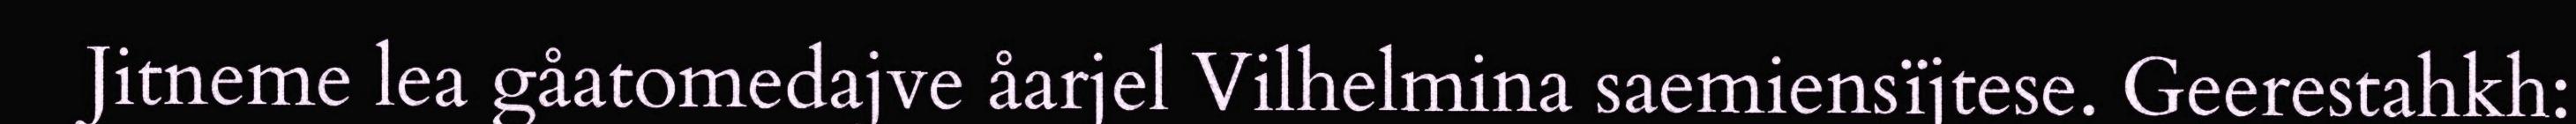
Jitneme lea gåatomedajve åarjel Vilhelmina saemiensïjtese. Geerestahkh: